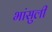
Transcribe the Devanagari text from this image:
भांसुली